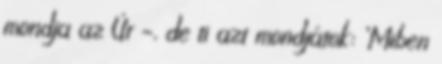
mondja az Úr –, de ti azt mondjátok: ‘Miben